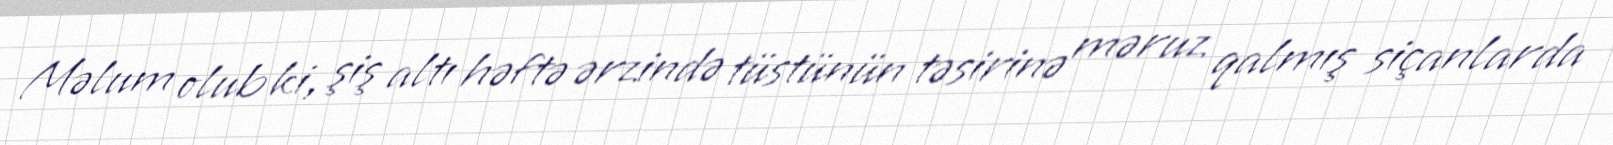
Məlum olub ki, şiş altı həftə ərzində tüstünün təsirinə məruz qalmış siçanlarda